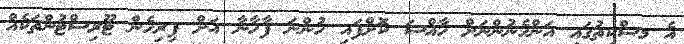
އެ މިސްކިތުގައި އަންހެނުންނަށް ހާއްސަ ކޮށްފައި ހުންނަ ފާހާނާ އަށް ފިރިހެން ޓޫރިސްޓުންތަކެއް